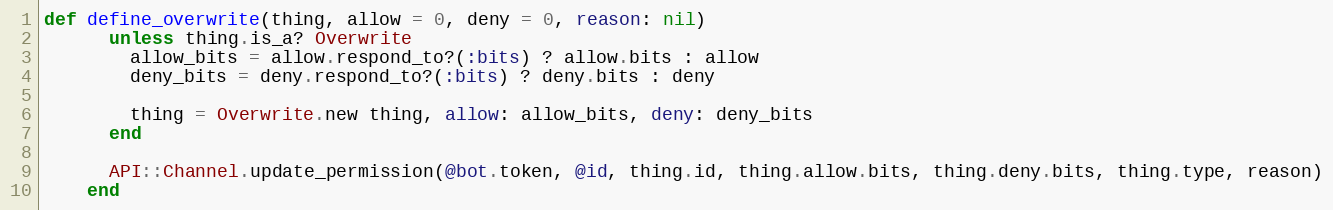
Language: Ruby
def define_overwrite(thing, allow = 0, deny = 0, reason: nil)
      unless thing.is_a? Overwrite
        allow_bits = allow.respond_to?(:bits) ? allow.bits : allow
        deny_bits = deny.respond_to?(:bits) ? deny.bits : deny

        thing = Overwrite.new thing, allow: allow_bits, deny: deny_bits
      end

      API::Channel.update_permission(@bot.token, @id, thing.id, thing.allow.bits, thing.deny.bits, thing.type, reason)
    end